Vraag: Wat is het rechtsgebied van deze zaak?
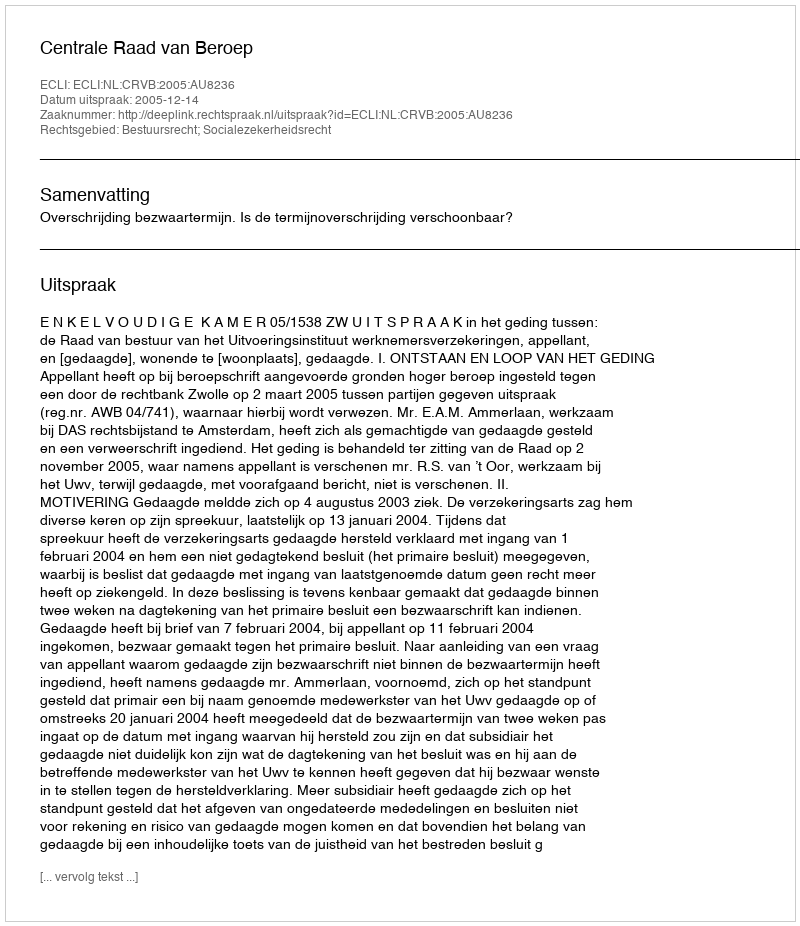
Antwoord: Bestuursrecht; Socialezekerheidsrecht